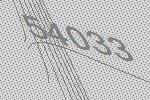
54033